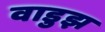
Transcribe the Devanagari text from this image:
वाडुझ